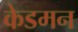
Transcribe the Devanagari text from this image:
केडमन